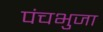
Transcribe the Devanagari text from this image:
पंचभुजा